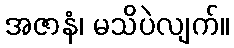
အဇာနံ၊ မသိပဲလျက်။